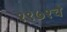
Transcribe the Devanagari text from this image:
१९७१चे